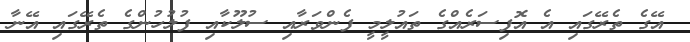
އޭގެ ތެރޭގައި އެ އޮފިސަރެއްގެ ތައުލީމީ ފެންވަރާއި ސުލޫކާއި ފުލުހުންގެ ތެރޭގައި އޭނާ